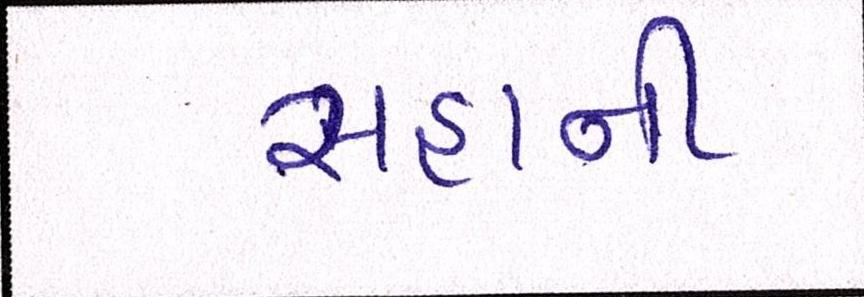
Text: સહાની